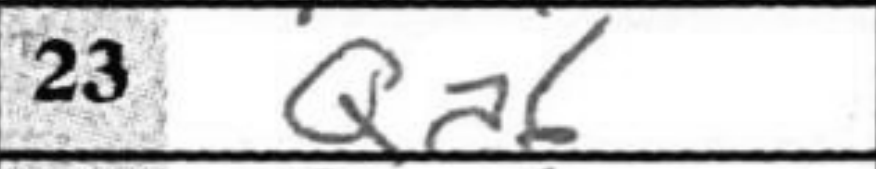
Transcription: Qa6